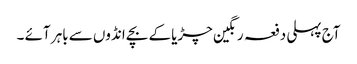
آج پہلی دفعہ رنگین چڑیا کے بچے انڈوں سے باہر آئے ۔